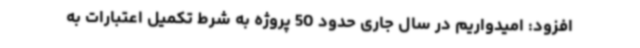
افزود: امیدواریم در سال جاری حدود 50 پروژه به شرط تکمیل اعتبارات به